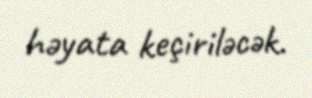
həyata keçiriləcək.